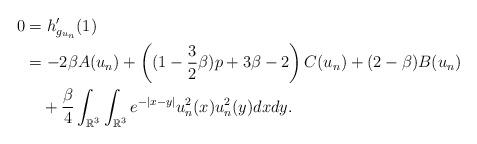
LaTeX: \begin{align*}0&=h'_{g_{u_{n}}}(1)\\&=-2\beta A(u_{n})+\left((1-\frac{3}{2}\beta)p+3\beta-2\right)C(u_{n})+(2-\beta)B(u_{n})\\&\ \ \ +\frac{\beta}{4}\int_{\mathbb{R}^{3}}\int_{\mathbb{R}^{3}}e^{-|x-y|}u_{n}^{2}(x)u_{n}^{2}(y)dxdy.\end{align*}